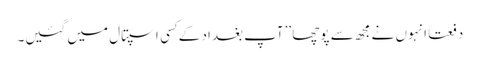
دفعتاً انہوں نے مجھ سے پوچھا ’’آپ بغداد کے کِسی اسپتال میں گئیں۔